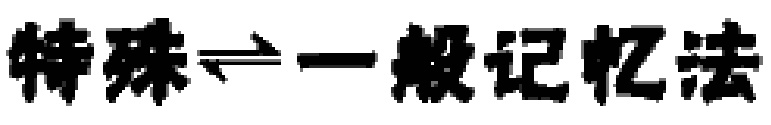
特殊$\rightleftharpoons$一般记忆法